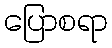
ပြောစရာ